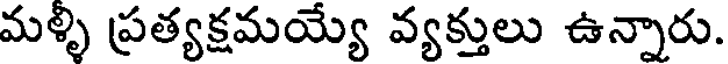
మళ్ళి ప్రత్యక్షమయ్యే వ్యక్తులు ఉన్నారు.